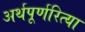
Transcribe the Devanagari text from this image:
अर्थपूर्णरित्या